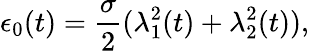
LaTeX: \epsilon_{0}(t)=\frac{\sigma}{2}(\lambda_{1}^{2}(t)+\lambda_{2}^{2}(t)),